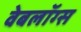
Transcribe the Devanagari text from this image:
वेबलॉग्स